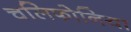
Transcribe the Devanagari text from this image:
चलिफोनिया